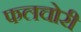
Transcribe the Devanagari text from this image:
फलचोरी